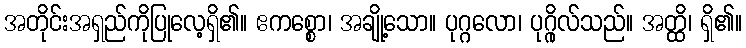
အတိုင်းအရှည်ကိုပြုလေ့ရှိ၏။ ဧကစ္စော၊ အချို့သော။ ပုဂ္ဂလော၊ ပုဂ္ဂိုလ်သည်။ အတ္ထိ၊ ရှိ၏။